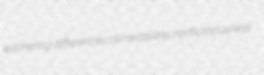
witchering differences compassless nonfictitiousness